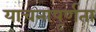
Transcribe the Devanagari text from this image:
याचनापूर्णता